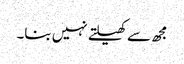
مجھ سے کھیلتے نہیں بنا۔